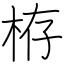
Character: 栫